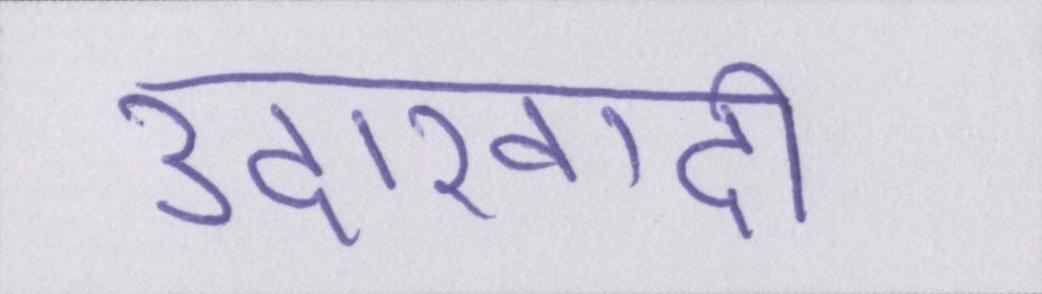
उदारवादी